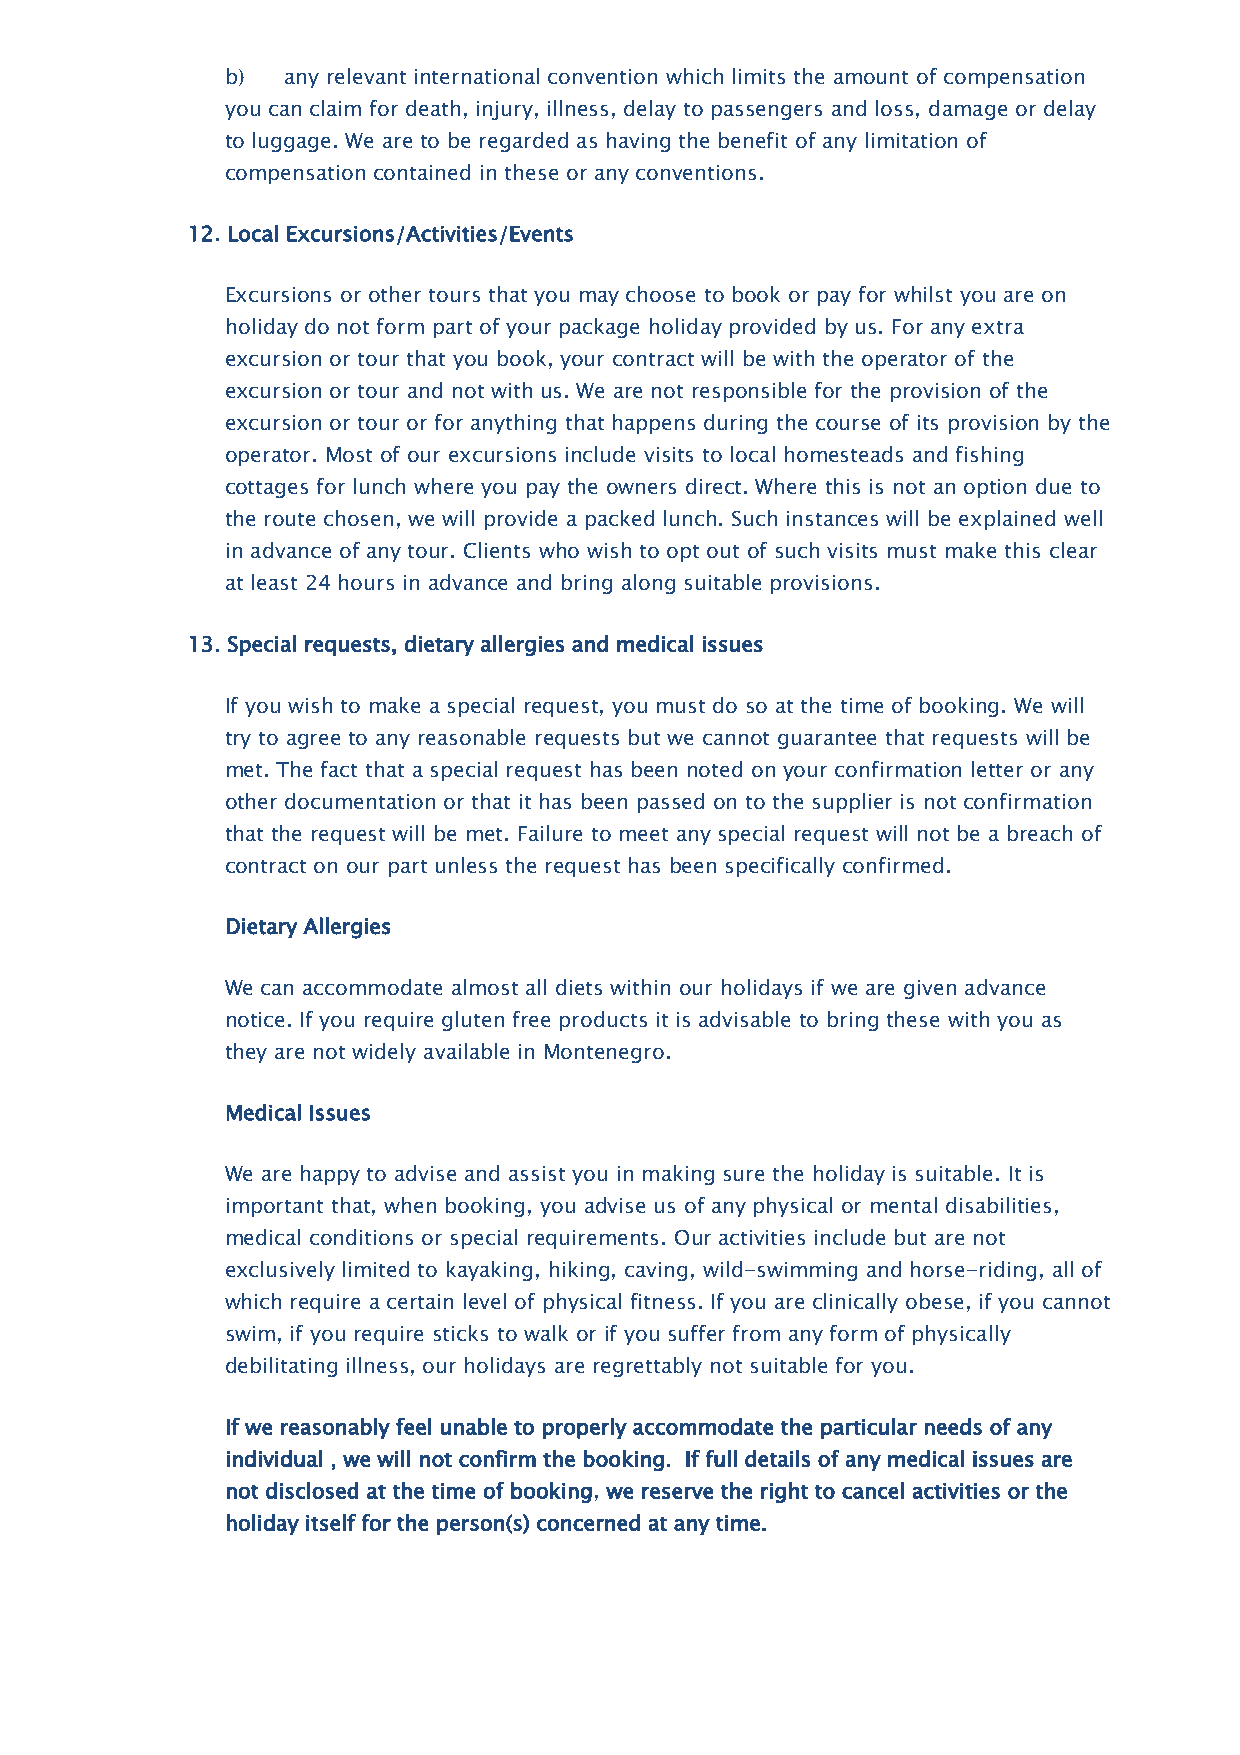
b)  any relevant international convention which limits the amount of compensation
 you can claim for death, injury, illness, delay to passengers and loss, damage or delay
 to luggage. We are to be regarded as having the benefit of any limitation of
 compensation contained in these or any conventions.
 12. Local Excursions/Activities/Events
 Excursions or other tours that you may choose to book or pay for whilst you are on
 holiday do not form part of your package holiday provided by us. For any extra
 excursion or tour that you book, your contract will be with the operator of the
 excursion or tour and not with us. We are not responsible for the provision of the
 excursion or tour or for anything that happens during the course of its provision by the
 operator. Most of our excursions include visits to local homesteads and fishing
 cottages for lunch where you pay the owners direct. Where this is not an option due to
 the route chosen, we will provide a packed lunch. Such instances will be explained well
 in advance of any tour. Clients who wish to opt out of such visits must make this clear
 at least 24 hours in advance and bring along suitable provisions.
 13. Special requests, dietary allergies and medical issues
 If you wish to make a special request, you must do so at the time of booking. We will
 try to agree to any reasonable requests but we cannot guarantee that requests will be
 met. The fact that a special request has been noted on your confirmation letter or any
 other documentation or that it has been passed on to the supplier is not confirmation
 that the request will be met. Failure to meet any special request will not be a breach of
 contract on our part unless the request has been specifically confirmed.
 Dietary Allergies
 We can accommodate almost all diets within our holidays if we are given advance
 notice. If you require gluten free products it is advisable to bring these with you as
 they are not widely available in Montenegro.
 Medical Issues
 We are happy to advise and assist you in making sure the holiday is suitable. It is
 important that, when booking, you advise us of any physical or mental disabilities,
 medical conditions or special requirements. Our activities include but are not
 exclusively limited to kayaking, hiking, caving, wild-swimming and horse-riding, all of
 which require a certain level of physical fitness. If you are clinically obese, if you cannot
 swim, if you require sticks to walk or if you suffer from any form of physically
 debilitating illness, our holidays are regrettably not suitable for you.
 If we reasonably feel unable to properly accommodate the particular needs of any
 individual , we will not confirm the booking. If full details of any medical issues are
 not disclosed at the time of booking, we reserve the right to cancel activities or the
 holiday itself for the person(s) concerned at any time.